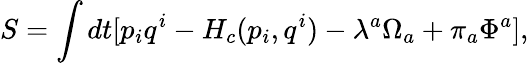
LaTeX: S=\int dt[p_{i}q^{i}-H_{c}(p_{i},q^{i})-\lambda^{a}\Omega_{a}+\pi_{a}\Phi^{a}],